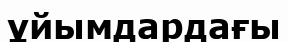
ұйымдардағы